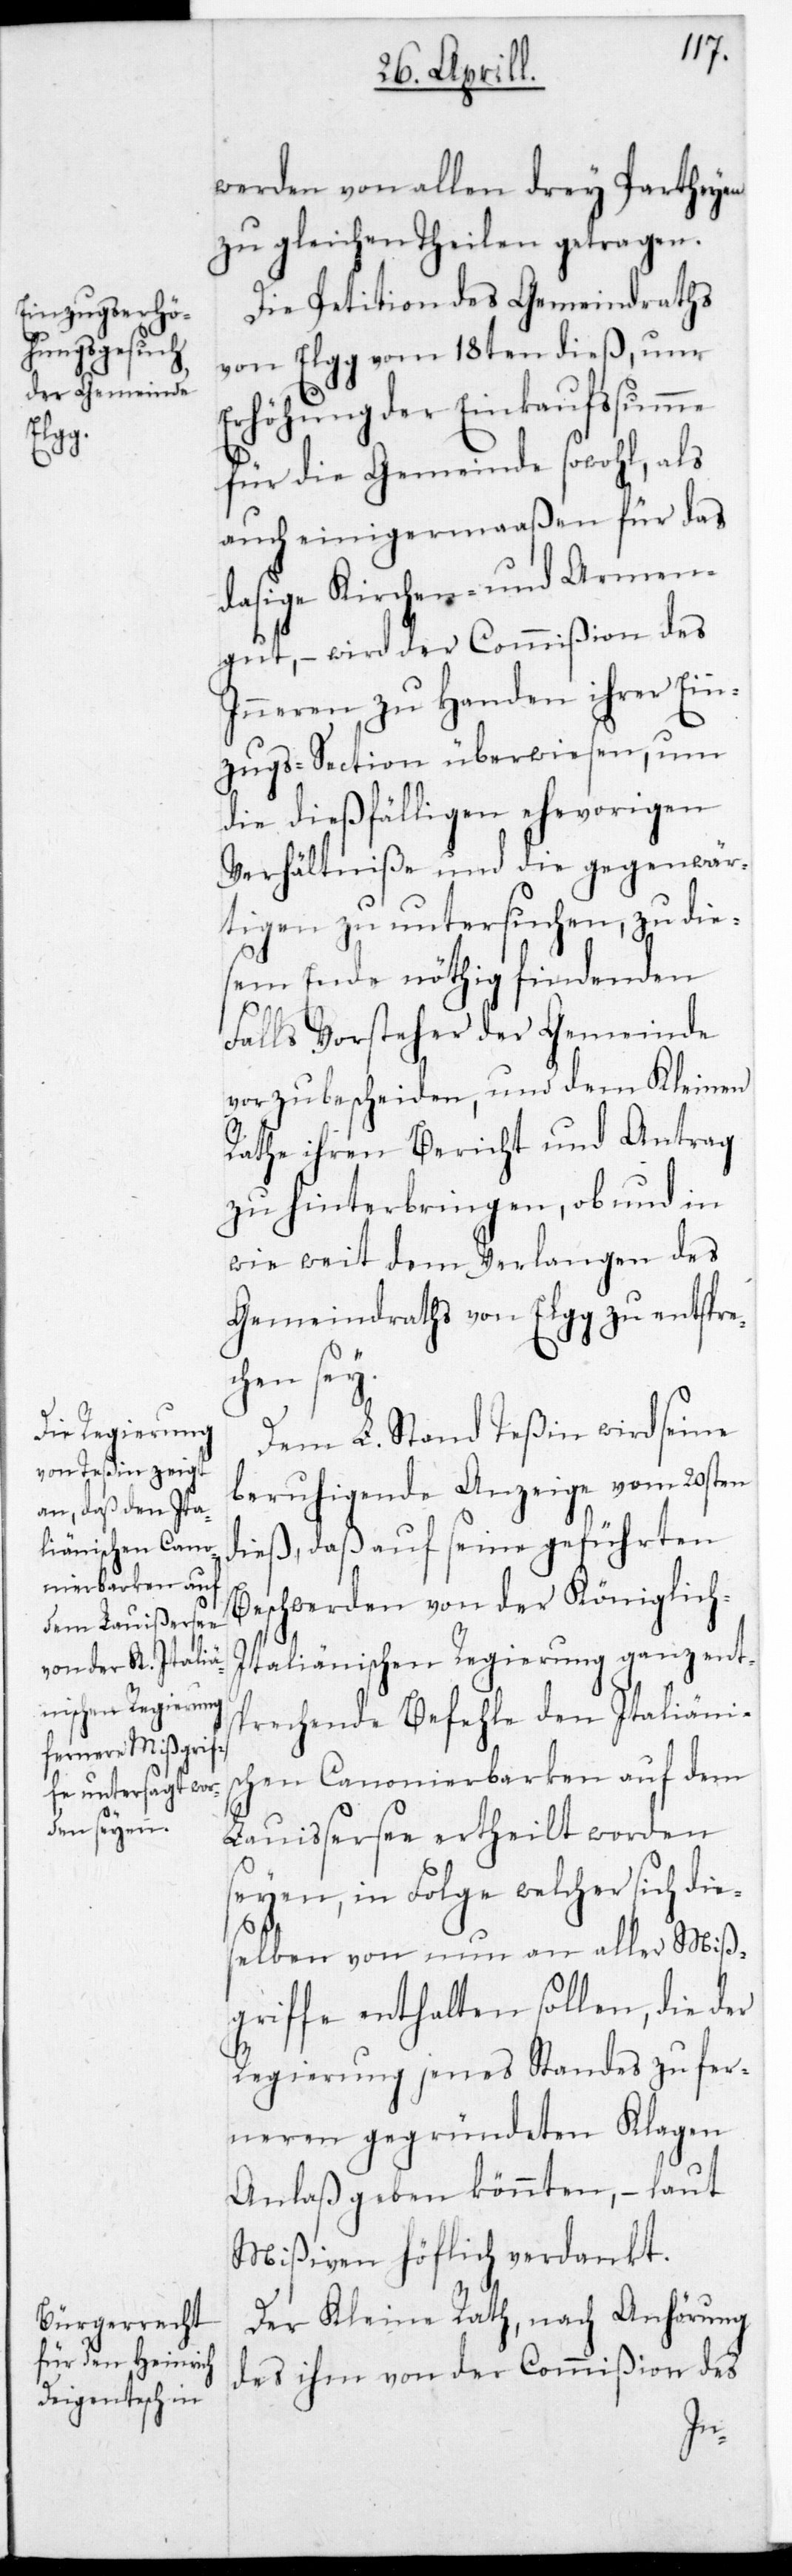
werden von allen drey Partheyen
zu gleichen Theilen getragen.
Die Petition des Gemeindraths
von Elgg vom 18ten dieß, um
Erhöhung der Einkaufssumme
für die Gemeinde sowohl, als
auch einigermaaßen für das
dasige Kirchen- und Armen¬
gut, – wird der Commißion des
Inneren zu Handen ihrer Ein¬
zugssection überwiesen, um
die dießfälligen ehevorigen
Verhältniße und die gegenwär¬
tigen zu untersuchen, zu dies¬
em Ende nöthig findenden
Falls Vorsteher der Gemeinde
vorzubescheiden, und dem Kleinen
Rathe ihren Bericht und Antrag
zu hinterbringen, ob und in
wie weit dem Verlangen des
Gemeindraths von Elgg zu entspre¬
chen sey.
Dem L. Stand Teßin wird seine
beruhigende Anzeige vom 20sten
dieß, daß auf seine geführten
Beschwerden von der Königlich-I¬
taliänischen Regierung ganz ent¬
sprechende Befehle den Italiäni¬
schen Canonierbarken auf dem
Lauißersee ertheilt worden
seyen, in Folge welcher sich die¬
selben von nun an aller Miß¬
griffe enthalten sollen, die der
Regierung jenes Standes zu fer¬
neren gegründeten Klagen
Anlaß geben könnten, – laut
Mißiven höflich verdankt.
Der Kleine Rath, nach Anhörung
des ihm von der Commißion des